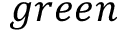
g r e e n